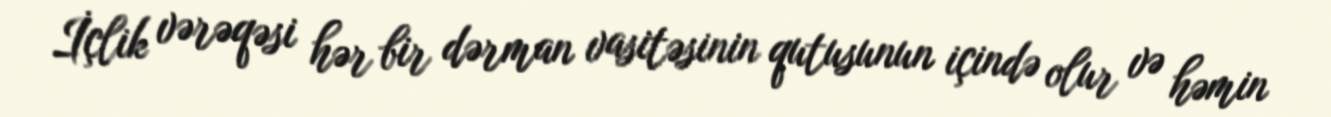
İçlik vərəqəsi hər bir dərman vasitəsinin qutusunun içində olur və həmin